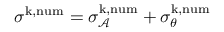
\begin{array} { r } { \sigma ^ { \mathrm { k , n u m } } = \sigma _ { \mathcal { A } } ^ { \mathrm { k , n u m } } + \sigma _ { \theta } ^ { \mathrm { k , n u m } } } \end{array}